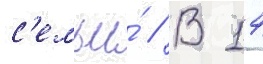
с'емьи́ // В 14